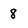
Character: 8